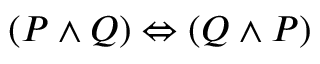
( P \land Q ) \Leftrightarrow ( Q \land P )